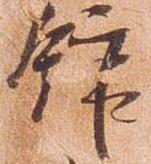
舘